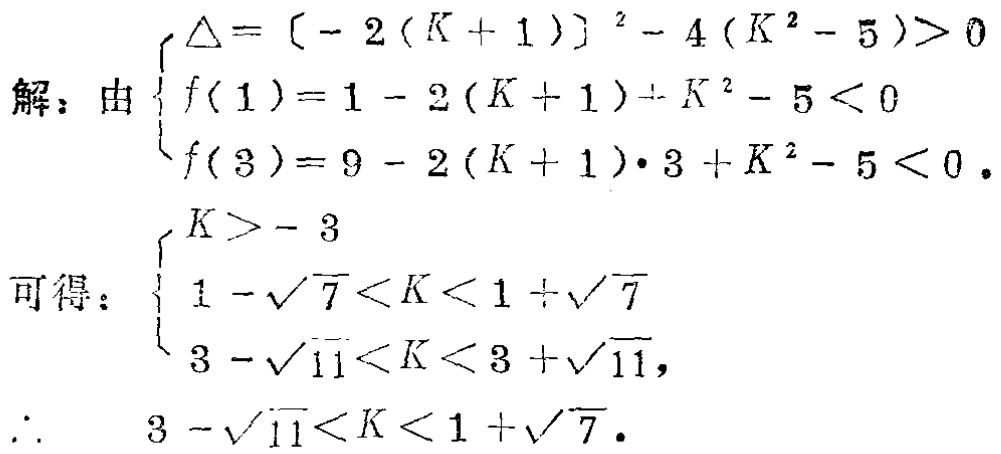
解：由
\[\begin{cases}
\Delta = [-2(K + 1)]^2 - 4(K^2 - 5)>0 \\
f(1)=1 - 2(K + 1)+K^2 - 5<0 \\
f(3)=9 - 2(K + 1)\cdot3 + K^2 - 5<0
\end{cases}\]
可得：
\[\begin{cases}
K > - 3 \\
1-\sqrt{7}<K<1+\sqrt{7} \\
3-\sqrt{11}<K<3+\sqrt{11}
\end{cases}\]
\(\therefore\) \(3-\sqrt{11}<K<1+\sqrt{7}\)